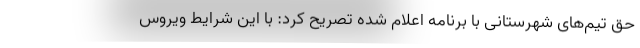
حق تیم‌های شهرستانی با برنامه اعلام شده تصریح کرد: با این شرایط ویروس